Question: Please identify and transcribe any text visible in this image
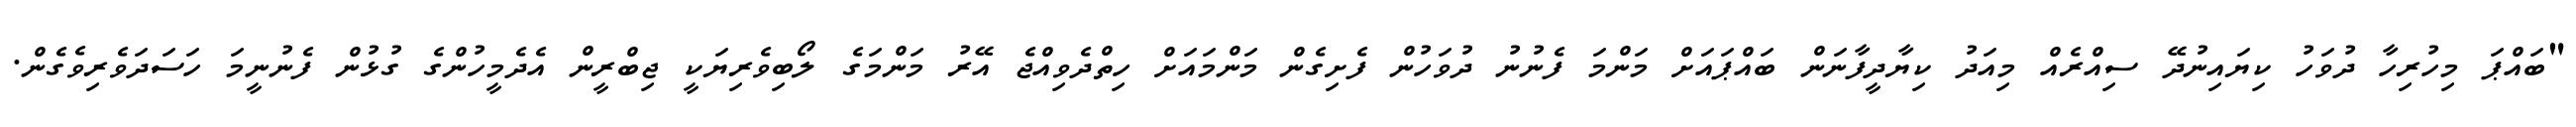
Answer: "ބައްޕަ މިހުރިހާ ދުވަހު ކިޔައިނުދޭ ސިއްރެއް މިއަދު ކިޔާދީފާނަން ބައްޕައަށް މަންމަ ފެނުނު ދުވަހުން ފެށިގެން މަންމައަށް ހިތްދެވިއްޖެ އޭރު މަންމަގެ ލޯބިވެރިޔަކީ ޖިބްރީން އެދެމީހުންގެ ގުޅުން ފެނުނީމަ ހަސަދަވެރިވެގެން.